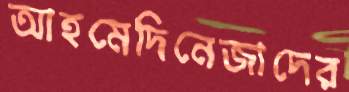
আহমেদিনেজাদের